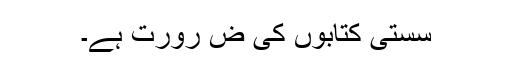
سستی کتابوں کی ض رورت ہے۔